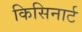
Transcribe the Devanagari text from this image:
किसिनार्ट